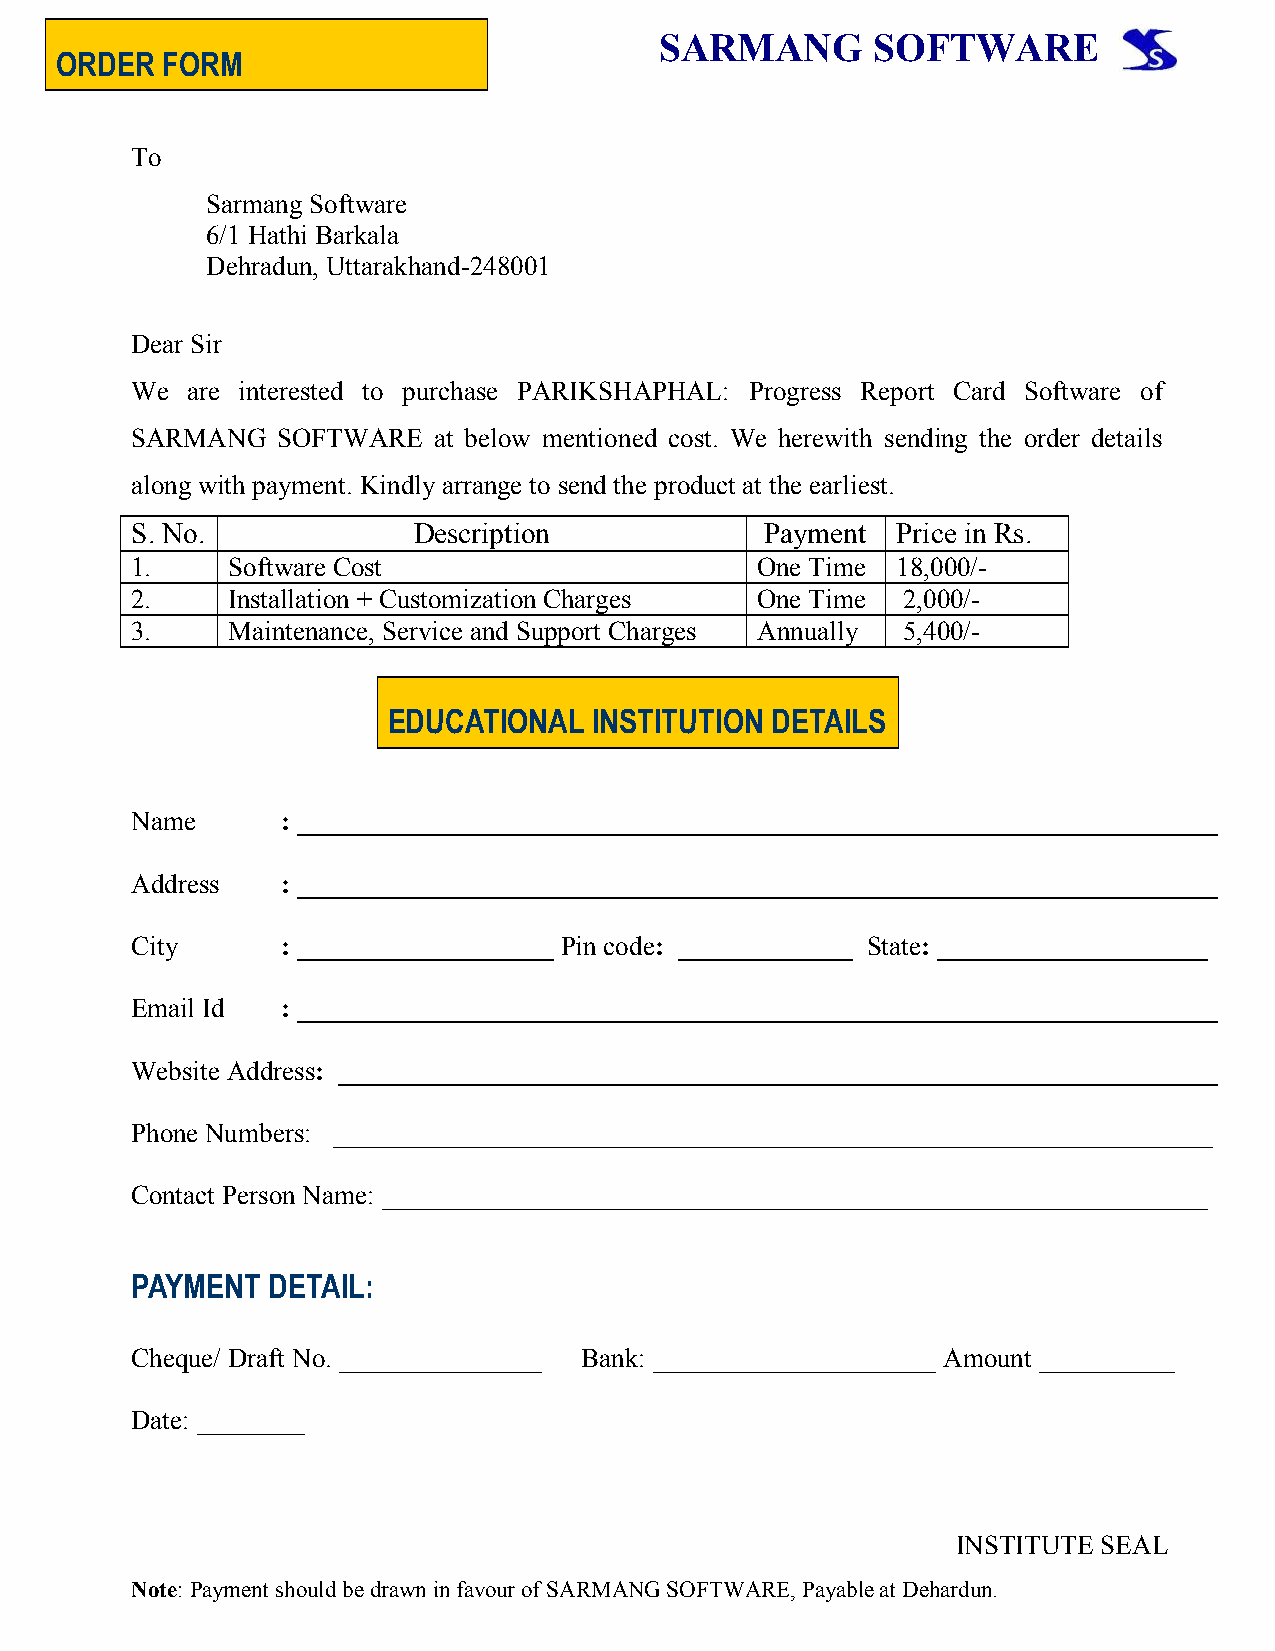
SARMANG       SOFTWARE
 ORDER  FORM
 To
 Sarmang Software
 6/1 Hathi Barkala
 Dehradun, Uttarakhand-248001
 Dear Sir
 We are interested to purchase PARIKSHAPHAL: Progress Report Card Software of
 SARMANG  SOFTWARE   at below mentioned cost. We herewith sending the order details
 along with payment. Kindly arrange to send the product at the earliest.
 S. No.            Description             Payment Price in Rs.
 1.    Software Cost                      One Time 18,000/-
 2.    Installation + Customization Charges One Time 2,000/-
 3.    Maintenance, Service and Support Charges Annually 5,400/-
 EDUCATIONAL  INSTITUTION DETAILS
 Name      : ____________________________________________________________________
 Address   : ____________________________________________________________________
 City      : ___________________ Pin code: _____________ State: ____________________
 Email Id  : ____________________________________________________________________
 Website Address: _________________________________________________________________
 Phone Numbers: _________________________________________________________________
 Contact Person Name: _____________________________________________________________
 PAYMENT  DETAIL:
 Cheque/ Draft No. _______________ Bank: _____________________ Amount __________
 Date: ________
 INSTITUTE SEAL
 Note: Payment should be drawn in favour of SARMANG SOFTWARE, Payable at Dehardun.